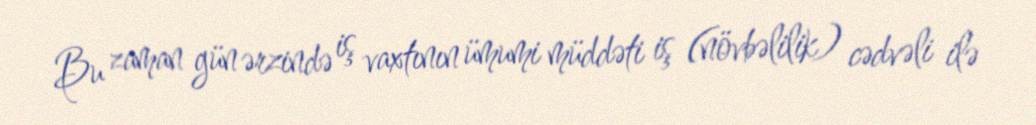
Bu zaman gün ərzində iş vaxtının ümumi müddəti iş (növbəlilik) cədvəli ilə